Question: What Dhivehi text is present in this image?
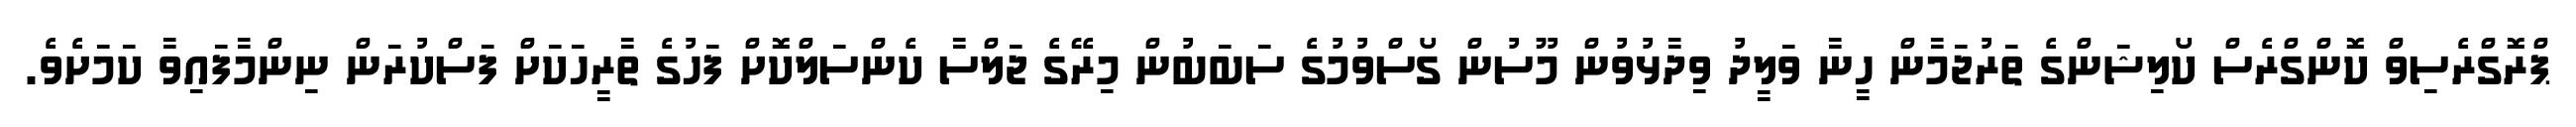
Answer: ޕްރޮގްރެސިވް ކޮންގްރެސް ކޯލިޝަންގެ ތަރުޖަމާން ހީނާ ވަލީދު ވިދާޅުވުން މޫސުން ގޯސްވުމުގެ ސަބަބުން މިރޭގެ ޖަލްސާ ކެންސަލްކޮށް ފަހުގެ ތާރީހަކަށް ފަސްކުރަން ނިންމާފައިވާ ކަމަށެވެ.